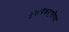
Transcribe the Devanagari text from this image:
वृत्तपत्रसृष्टीचा